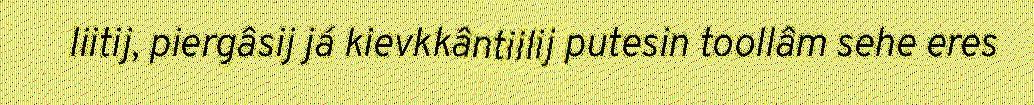
liitij, piergâsij já kievkkântiilij putesin toollâm sehe eres